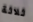
ثلاثة